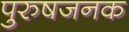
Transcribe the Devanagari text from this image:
पुरुषजनक